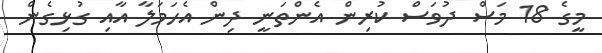
މީގެ 18 މަސް ދުވަސް ކުރިން އެންތަނީ ދިން އެހަމަލާ އާއި ގުޅިގެން